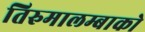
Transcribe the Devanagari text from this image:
तिरुमालम्बाको